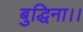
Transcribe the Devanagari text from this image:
बुद्धिना।।